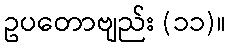
ဥပတောဗျည်း (၁၁)။